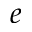
e